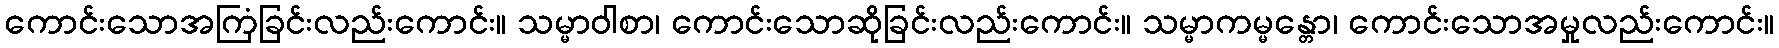
ကောင်းသောအကြံခြင်းလည်းကောင်း။ သမ္မာဝါစာ၊ ကောင်းသောဆိုခြင်းလည်းကောင်း။ သမ္မာကမ္မန္တော၊ ကောင်းသောအမှုလည်းကောင်း။